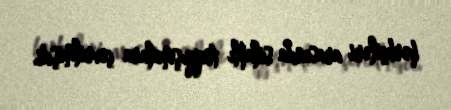
hərbçiləri arasında silahlı toqquşmalara çevrilmişdi.